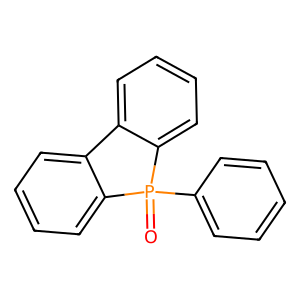
SMILES: O=P1(c2ccccc2)c2ccccc2-c2ccccc21
Inhibits HIV replication: No